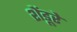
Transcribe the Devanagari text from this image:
शेंडूरे